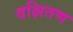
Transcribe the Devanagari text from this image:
दक्षितण